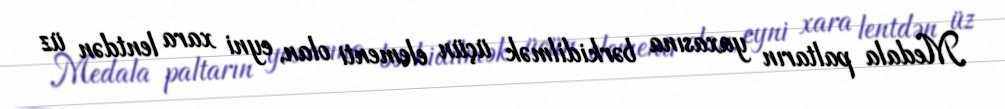
Medala paltarın yaxasına bərkidilmək üçün elementi olan, eyni xara lentdən üz